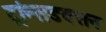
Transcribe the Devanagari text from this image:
ट्रांन्सडक्सन